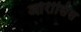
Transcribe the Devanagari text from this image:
ओरीसिस